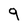
Character: 9